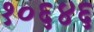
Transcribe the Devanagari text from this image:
१०६४६